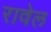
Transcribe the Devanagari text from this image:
रावेल